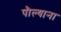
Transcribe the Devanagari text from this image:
पौल्याना